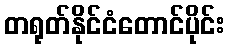
တရုတ်နိုင်ငံတောင်ပိုင်း